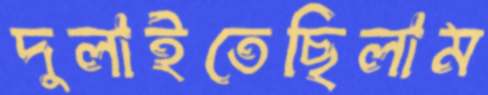
দুলাইতেছিলাম